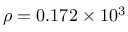
\rho = 0 . 1 7 2 \times 1 0 ^ { 3 }